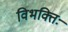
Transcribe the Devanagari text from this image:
विभक्तिः